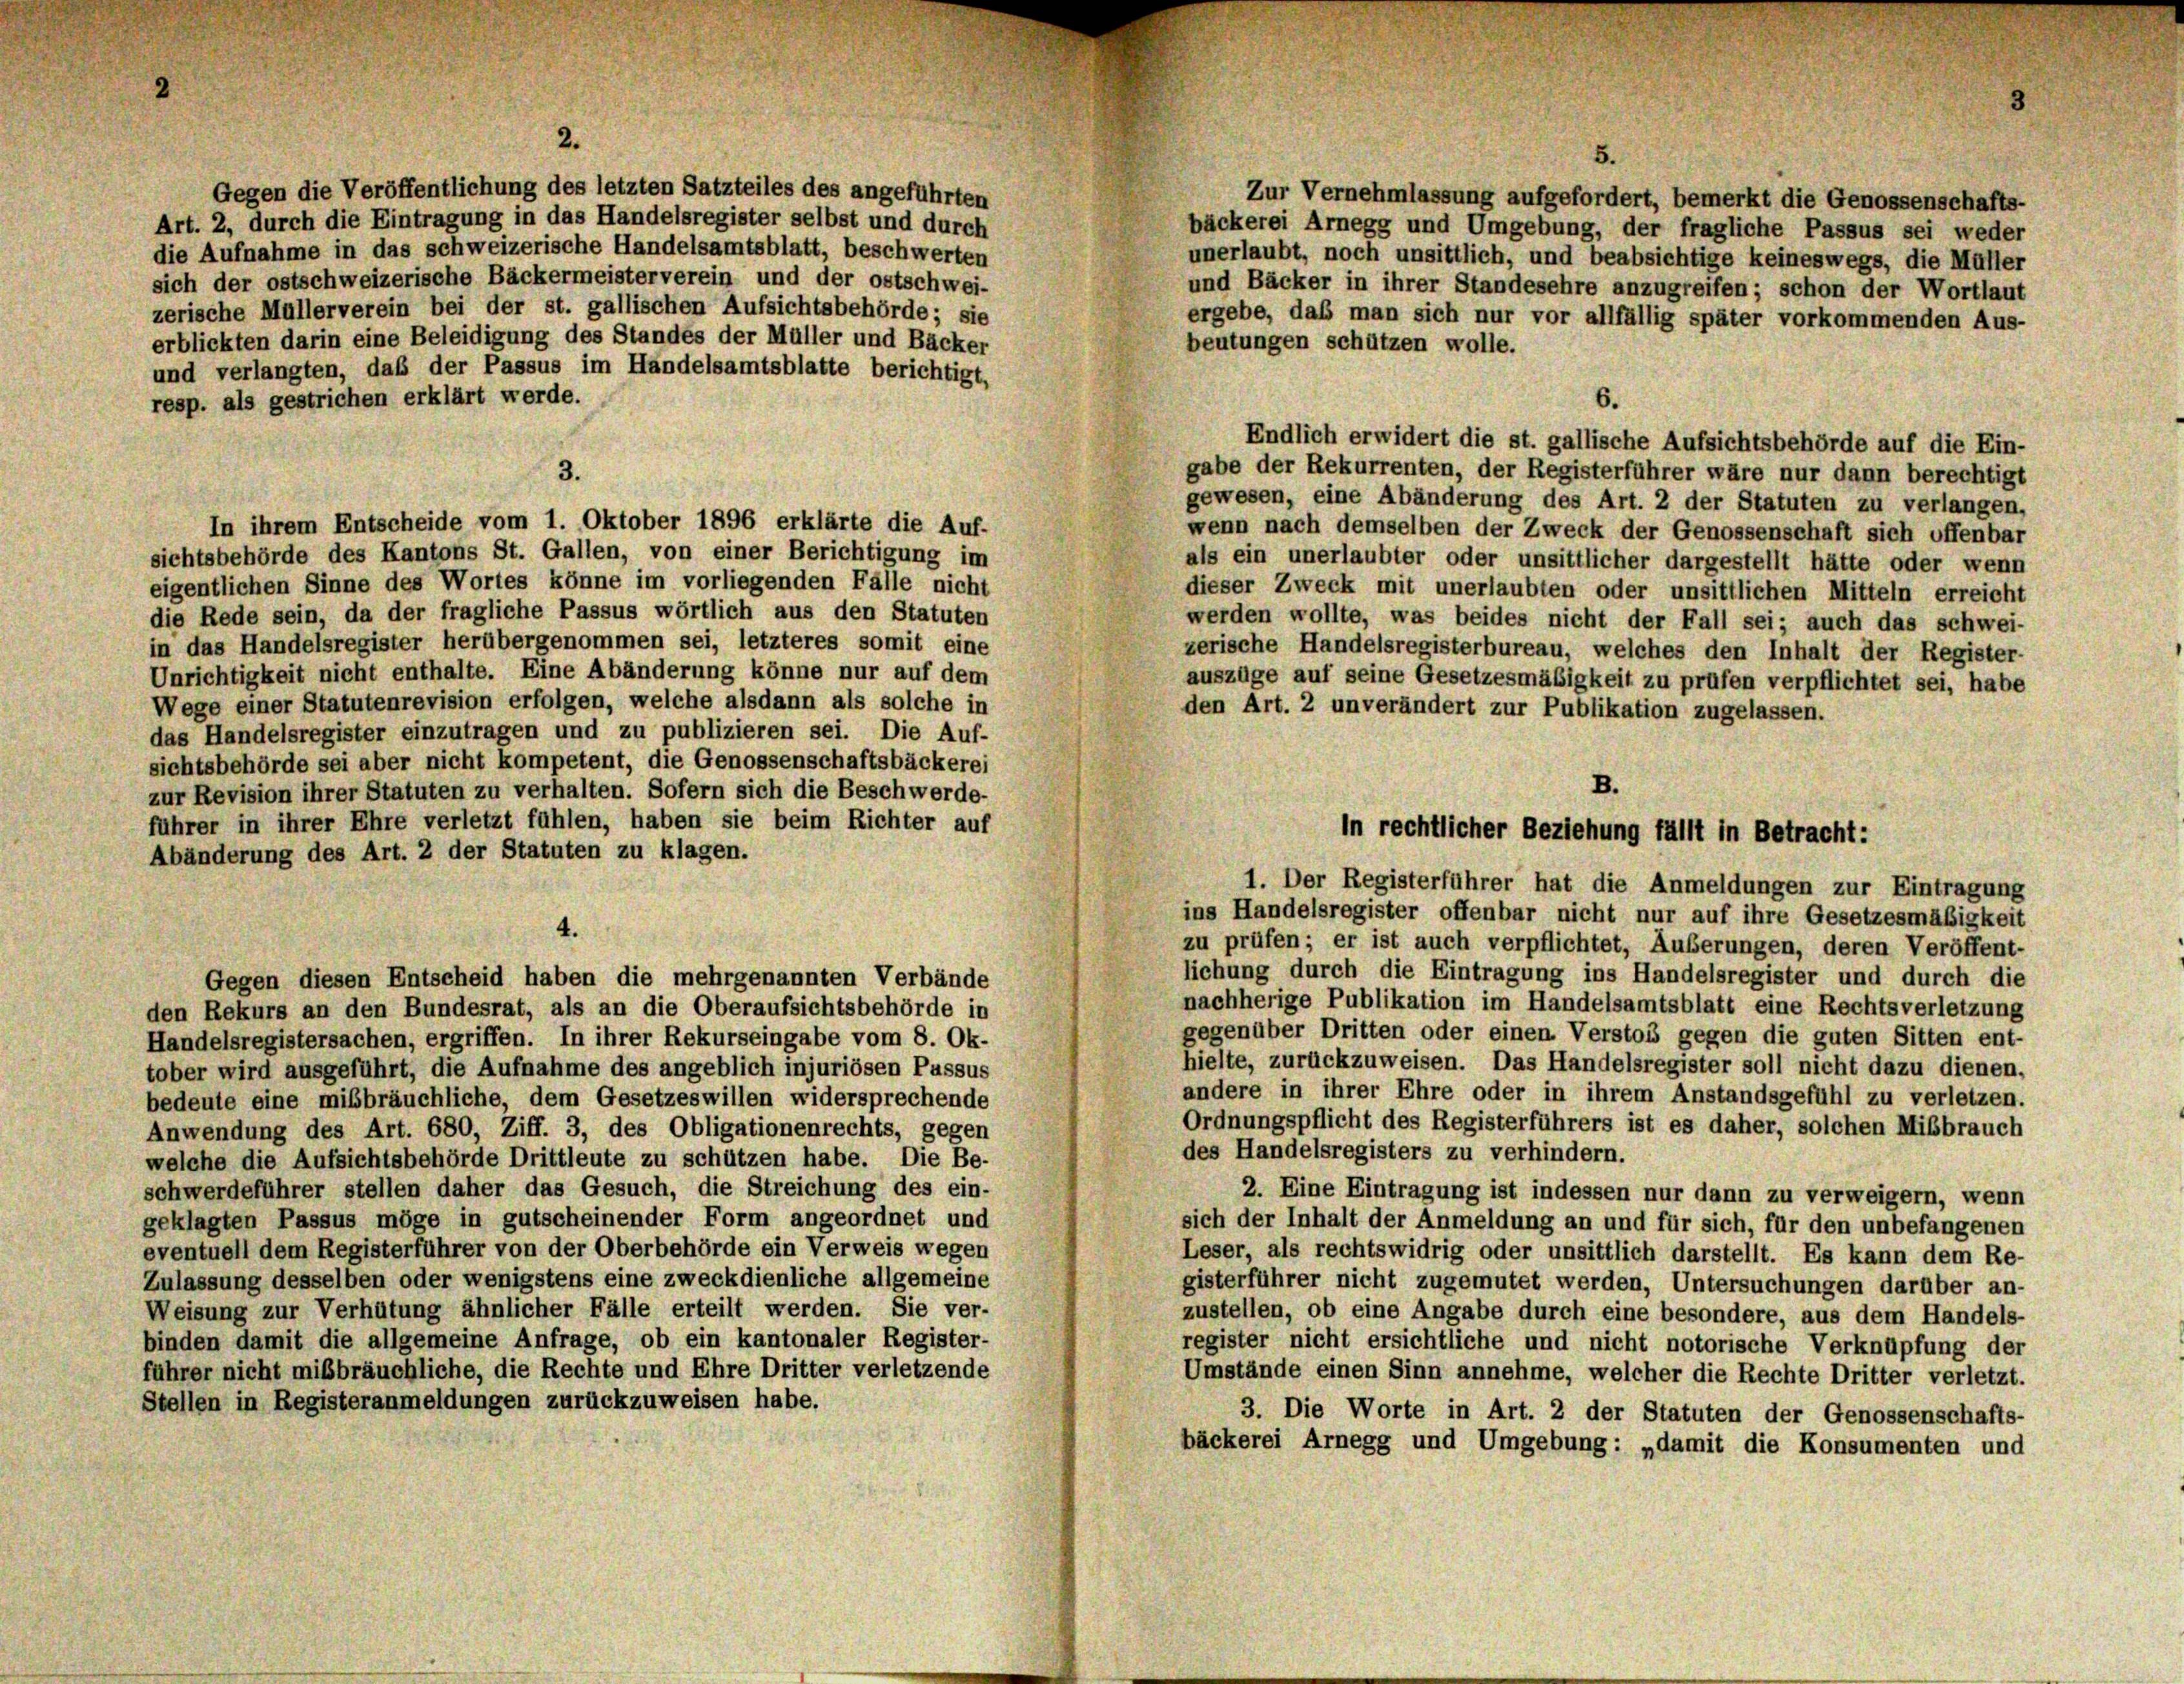
2.

Gegen die Veröffentlichung des letzten Satzteiles des angeführten
Zur Vernehmlassung aufgefordert, bemerkt die Genossenschafts-
Art. 2, durch die Eintragung in das Handelsregister selbst und durch
bäckerei Arnegg und Umgebung, der fragliche Passus sei weder
die Aufnahme in das schweizerische Handelsamtsblatt, beschwerten
unerlaubt, noch unsittlich, und beabsichtige keineswegs, die Müller
sich der ostschweizerische Bäckermeisterverein und der ostschwei-
und Bäcker in ihrer Standesehre anzugreifen; schon der Wortlaut
zerische Müllerverein bei der st. gallischen Aufsichtsbehörde; sie
ergebe, daß man sich nur vor allfällig später vorkommenden Aus-
erblickten darin eine Beleidigung des Standes der Müller und Bäcker
beutungen schützen wolle.
und verlangten, daß der Passus im Handelsamtsblatte berichtigt,
resp. als gestrichen erklärt werde.
gewesen, eine Abänderung des Art. 2 der Statuten zu verlangen,
wenn nach demselben der Zweck der Genossenschaft sich offenbar
sichtsbehörde des Kantons St. Gallen, von einer Berichtigung im
als ein unerlaubter oder unsittlicher dargestellt hätte oder wenn
eigentlichen Sinne des Wortes könne im vorliegenden Fälle nicht
dieser Zweck mit unerlaubten oder unsittlichen Mitteln erreicht
die Rede sein, da der fragliche Passus wörtlich aus den Statuten
werden wollte, was beides nicht der Fall sei; auch das schwei-
in das Handelsregister herübergenommen sei, letzteres somit eine
zerische Handelsregisterbureau, welches den Inhalt der Register-
Unrichtigkeit nicht enthalte. Eine Abänderung könne nur auf dem
auszüge auf seine Gesetzesmäßigkeit zu prüfen verpflichtet sei, habe
Wege einer Statutenrevision erfolgen, welche alsdann als solche in
den Art. 2 unverändert zur Publikation zugelassen.
das Handelsregister einzutragen und zu publizieren sei. Die Auf-
sichtsbehörde sei aber nicht kompetent, die Genossenschaftsbäckerei
zur Revision ihrer Statuten zu verhalten. Sofern sich die Beschwerde-
führer in ihrer Ehre verletzt fühlen, haben sie beim Richter auf
Abänderung des Art. 2 der Statuten zu klagen.
ins Handelsregister offenbar nicht nur auf ihre Gesetzesmäßigkeit
4.
zu prüfen; er ist auch verpflichtet, Äußerungen, deren Veröffent-
lichung durch die Eintragung ins Handelsregister und durch die
Gegen diesen Entscheid haben die mehrgenannten Verbände
nachherige Publikation im Handelsamtsblatt eine Rechtsverletzung
den Rekurs an den Bundesrat, als an die Oberaufsichtsbehörde in
gegenüber Dritten oder einen Verstos gegen die guten Sitten ent-
Handelsregistersachen, ergriffen. In ihrer Rekurseingabe vom 8. Ok-
hielte, zurückzuweisen. Das Handelsregister soll nicht dazu dienen.
tober wird ausgeführt, die Aufnahme des angeblich injuriösen Passus
andere in ihrer Ehre oder in ihrem Anstandsgefühl zu verletzen.
bedeute eine mißbräuchliche, dem Gesetzeswillen widersprechende
Ordnungspflicht des Registerführers ist es daher, solchen Mißbrauch
Anwendung des Art. 680, Ziff. 3, des Obligationenrechts, gegen
des Handelsregisters zu verhindern.
welche die Aufsichtsbehörde Drittleute zu schützen habe. Die Be-
schwerdeführer stellen daher das Gesuch, die Streichung des ein-
2. Eine Eintragung ist indessen nur dann zu verweigern, wenn
geklagten Passus möge in gutscheinender Form angeordnet und
sich der Inhalt der Anmeldung an und für sich, für den unbefangenen
eventuell dem Registerführer von der Oberbehörde ein Verweis wegen
Leser, als rechtswidrig oder unsittlich darstellt. Es kann dem Re-
Zulassung desselben oder wenigstens eine zweckdienliche allgemeine
gisterführer nicht zugemutet werden, Untersuchungen darüber an-
Weisung zur Verhütung ähnlicher Fälle erteilt werden. Sie ver-
zustellen, ob eine Angabe durch eine besondere, aus dem Handels-
binden damit die allgemeine Anfrage, ob ein kantonaler Register-
register nicht ersichtliche und nicht notorische Verknüpfung der
führer nicht mißbräuchliche, die Rechte und Ehre Dritter verletzende
Umstände einen Sinn annehme, welcher die Rechte Dritter verletzt.
Stellen in Registeranmeldungen zurückzuweisen habe.
3. Die Worte in Art. 2 der Statuten der Genossenschafts-
bäckerei Arnegg und Umgebung: „damit die Konsumenten und

3.
In ihrem Entscheide vom 1. Oktober 1896 erklärte die Auf-

5.

6.
Endlich erwidert die st. gallische Aufsichtsbehörde auf die Ein-
gabe der Rekurrenten, der Registerführer wäre nur dann berechtigt

B.
In rechtlicher Beziehung fällt in Betracht:
1. Der Registerführer hat die Anmeldungen zur Eintragung